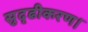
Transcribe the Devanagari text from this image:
सुदृढीकरण।